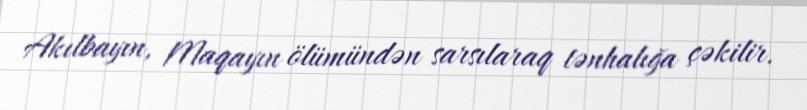
Akılbayın, Maqayın ölümündən sarsılaraq tənhalığa çəkilir.